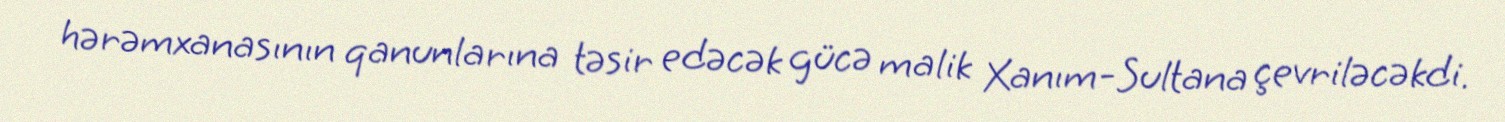
hərəmxanasının qanunlarına təsir edəcək gücə malik Xanım-Sultana çevriləcəkdi.